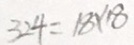
3 2 4 = 1 8 \times 1 8